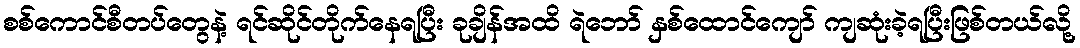
စစ်ကောင်စီတပ်တွေနဲ့ ရင်ဆိုင်တိုက်နေရပြီး ခုချိန်အထိ ရဲဘော် နှစ်ထောင်ကျော် ကျဆုံးခဲ့ရပြီးဖြစ်တယ်လို့